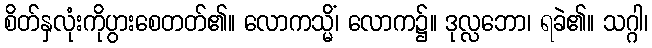
စိတ်နှလုံးကိုပွားစေတတ်၏။ လောကသ္မိံ၊ လောက၌။ ဒုလ္လဘော၊ ရခဲ၏။ သဂ္ဂါ၊